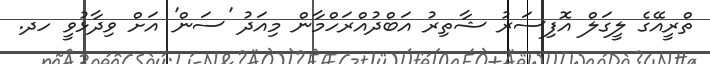
ތްރީއޭގެ ލީގަލް އޮފިސަރު ޝާތިރު އަބްދުއްރަހްމާން މިއަދު 'ސަން' އަށް ވިދާޅުވީ ހދ.